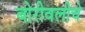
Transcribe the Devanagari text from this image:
बोरीवलीचे